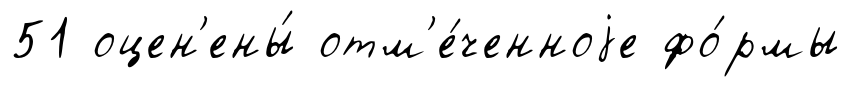
51 оцен'ены́ отм'е́ченноjе фо́рмы